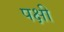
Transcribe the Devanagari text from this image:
पक्षी